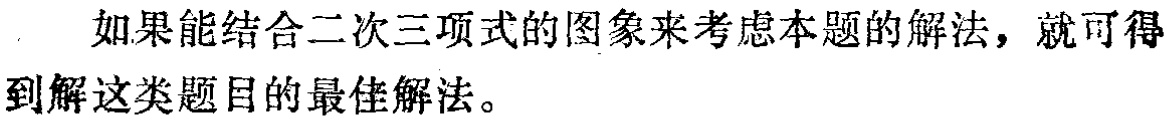
如果能结合二次三项式的图象来考虑本题的解法，就可得到解这类题目的最佳解法。